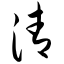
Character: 清